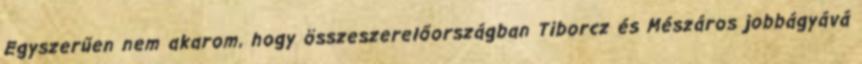
Egyszerűen nem akarom, hogy összeszerelőországban Tiborcz és Mészáros jobbágyává